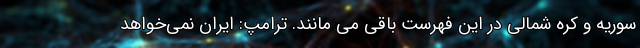
سوریه و کره شمالی در این فهرست باقی می مانند. ترامپ: ایران نمی‌خواهد